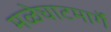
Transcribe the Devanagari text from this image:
मळेघाटमार्गे